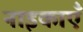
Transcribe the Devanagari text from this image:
नाइकाएँ